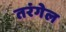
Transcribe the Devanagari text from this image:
तरंगेल